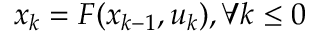
x _ { k } = F ( x _ { k - 1 } , u _ { k } ) , \forall k \leq 0